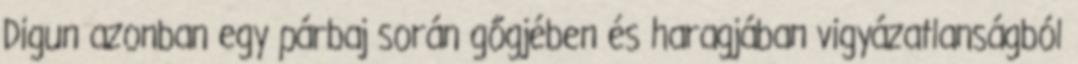
Digun azonban egy párbaj során gőgjében és haragjában vigyázatlanságból